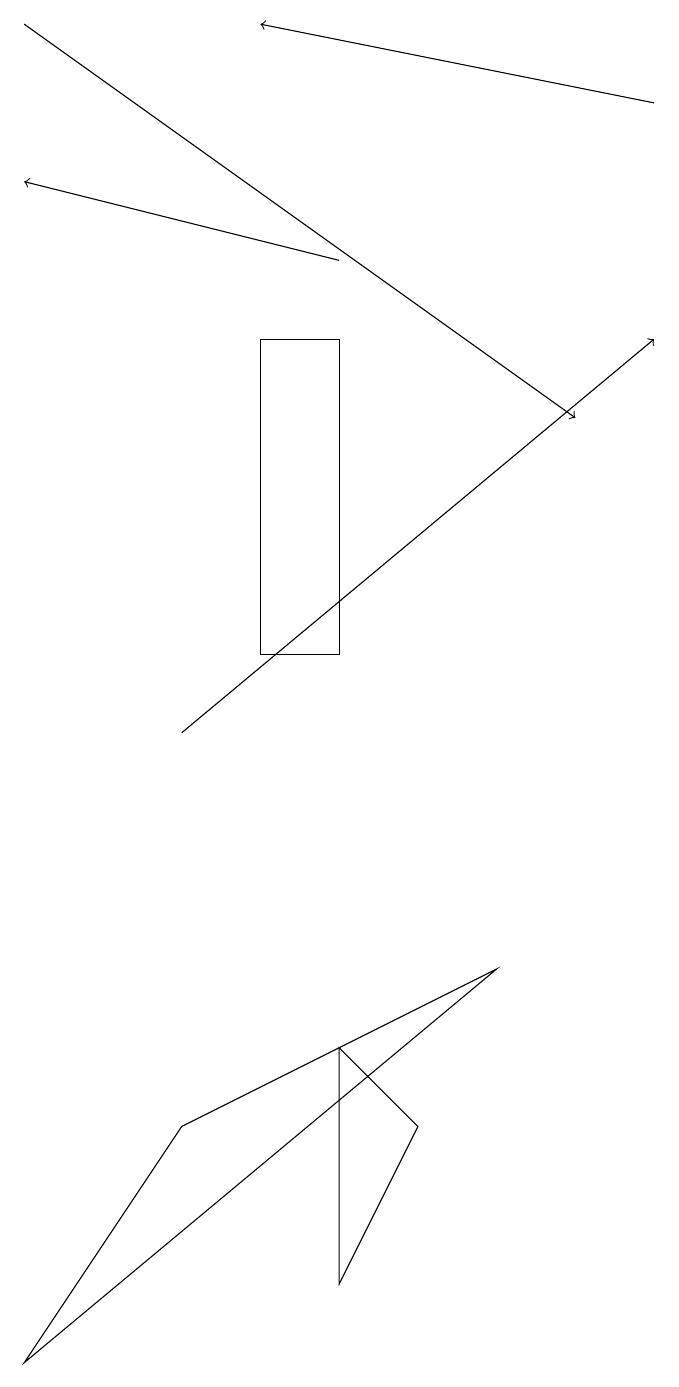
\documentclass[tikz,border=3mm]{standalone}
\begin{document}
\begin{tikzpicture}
\draw[->] (5,16) -- (1,17);
\draw[->] (1,19) -- (8,14);
\draw (5,3) -- (6,5) -- (5,6) -- cycle;
\draw (5,11) rectangle (4,15);
\draw[->] (3,10) -- (9,15);
\draw[->] (9,18) -- (4,19);
\draw (7,7) -- (3,5) -- (1,2) -- cycle;
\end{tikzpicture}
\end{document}